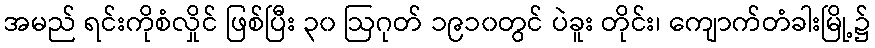
အမည် ရင်းကိုစံလှိုင် ဖြစ်ပြီး ၃၀ ဩဂုတ် ၁၉၁၀တွင် ပဲခူး တိုင်း၊ ကျောက်တံခါးမြို့၌